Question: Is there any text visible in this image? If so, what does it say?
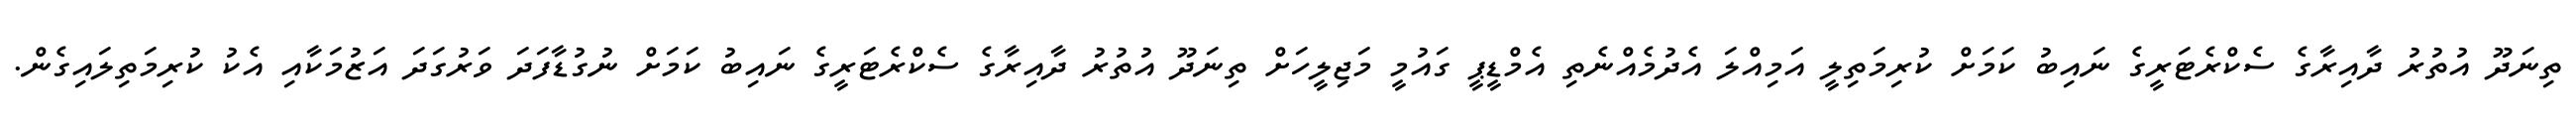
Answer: ތިނަދޫ އުތުރު ދާއިރާގެ ސެކްރެޓަރީގެ ނައިބު ކަމަށް ކުރިމަތިލީ އަމިއްލަ އެދުމެއްނެތި އެމްޑީޕީ ގައުމީ މަޖިލީހަށް ތިނަދޫ އުތުރު ދާއިރާގެ ސެކްރެޓަރީގެ ނައިބު ކަމަށް ނުގުޑާފަދަ ވަރުގަދަ އަޒުމަކާއި އެކު ކުރިމަތިލައިގެން.